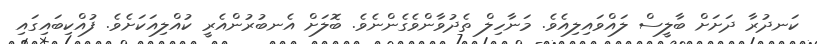
ކަނދުރާ ދަށަށް ބާލީސް ލައްވައިލިއެވެ. މަނާހިލް ތެދުވާންވެގެންނެވެ. ބޮލަށް އެނބުރުންއެރީ ކުއްލިއަކަށެވެ. ފުއްކިބައިގައި